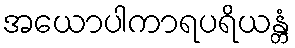
အယောပါကာရပရိယန္တံ